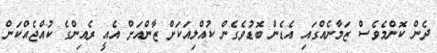
ދެން ކޮންމެވެސް ޒަމާނެއްގައި އެޑެން ބޮޑުވެގެން ކުއްލިއަކަށް ޒާންއަށް އެއީ ރެއިންގެ ކުއްޖެއްކަން